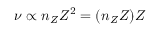
\nu \propto n _ { Z } Z ^ { 2 } = ( n _ { Z } Z ) Z